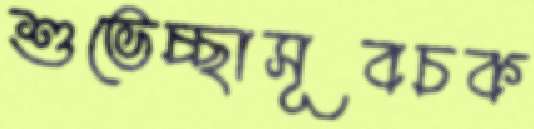
শুভেচ্ছাসূবচক